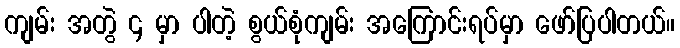
ကျမ်း အတွဲ ၄ မှာ ပါတဲ့ စွယ်စုံကျမ်း အကြောင်းရပ်မှာ ဖော်ပြပါတယ်။